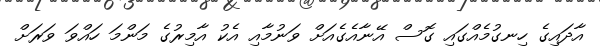
އާދައިގެ ހިނގުމެއްގައި ގޮސް އޭނާއެގެއަށް ވަނުމާއި އެކު އާމިރުގެ މަންމަ ހައްވަ ވަރަށް